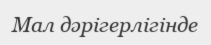
Мал дәрігерлігінде